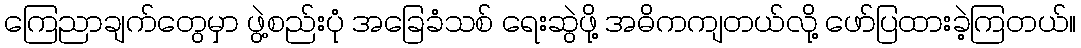
ကြေညာချက်တွေမှာ ဖွဲ့စည်းပုံ အခြေခံသစ် ရေးဆွဲဖို့ အဓိကကျတယ်လို့ ဖော်ပြထားခဲ့ကြတယ်။